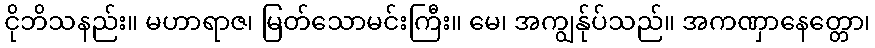
ငိုဘိသနည်း။ မဟာရာဇ၊ မြတ်သောမင်းကြီး။ မေ၊ အကျွန်ုပ်သည်။ အကဏှာနေတ္တော၊